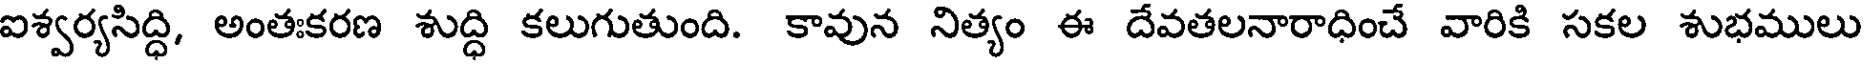
ఐశ్వర్యసిద్ధి, అంతఃకరణ శుద్ధి కలుగుతుంది. కావున నిత్యం ఈ దేవతలనారాధించే వారికి సకల శుభములు